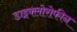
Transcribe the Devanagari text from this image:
डाइक्लोरोफीन